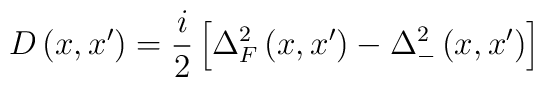
\;D\left( x,x^{\prime }\right) =\frac i2\left[ \Delta _F^2\left( x,x^{\prime}\right) -\Delta _{-}^2\left( x,x^{\prime }\right) \right]